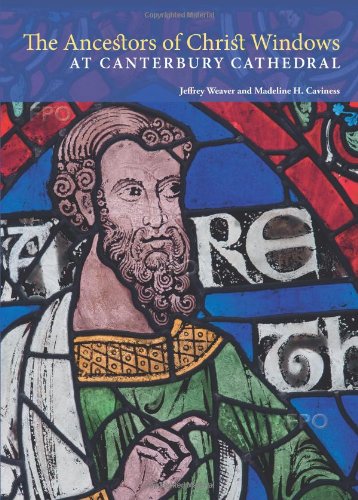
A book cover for The Ancestors of Christ Windows at Canterbury Cathedral; Jeffrey Weaver; Crafts, Hobbies & Home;